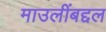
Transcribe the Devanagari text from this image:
माउलींबद्दल